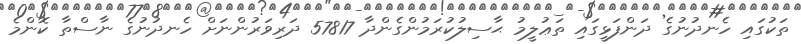
ތަކުގައި ހެނދުނުގެ ދަންފަޅީގައި ތަޢުލީމު ޙާސިލުކުރަމުންގެންދާ 57817 ދަރިވަރުންނަށް ހެނދުނުގެ ނާސްތާ ކޮންމެ